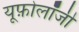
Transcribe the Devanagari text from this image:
यूफ़ोलॉजी